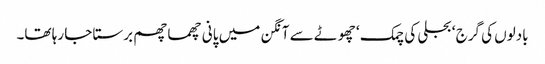
بادلوں کی گرج ‘ بجلی کی چمک ‘ چھوٹے سے آنگن میں پانی چھما چھم برستا جا رہا تھا۔